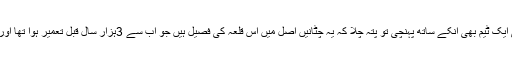
غوطہ خوروں نے پانی سے باہر نکل کر سب کو اس بارے میں بتایا تو ماہرین کی ایک ٹیم بھی انکے ساتھ پہنچی تو پتہ چلا کہ یہ چٹانیں اصل میں اس قلعہ کی فصیل ہیں جو اب سے 3ہزار سال قبل تعمیر ہوا تھا اور انتہائی پراسرار سمجھے جانے والی ارارتو تہذیب کے دور سے تعلق رکھتی ہے۔